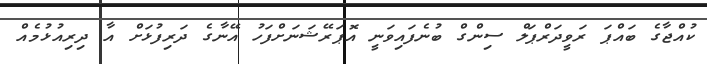
ކުއްޖާގެ ބައްޕަ ރަވީދަރްޕަލް ސިންގް ބުނެފައިވަނީ އޮޕަރޭޝަނަށްފަހު އޭނާގެ ދަރިފުޅަށް އާ ދިރިއުޅުމެއް